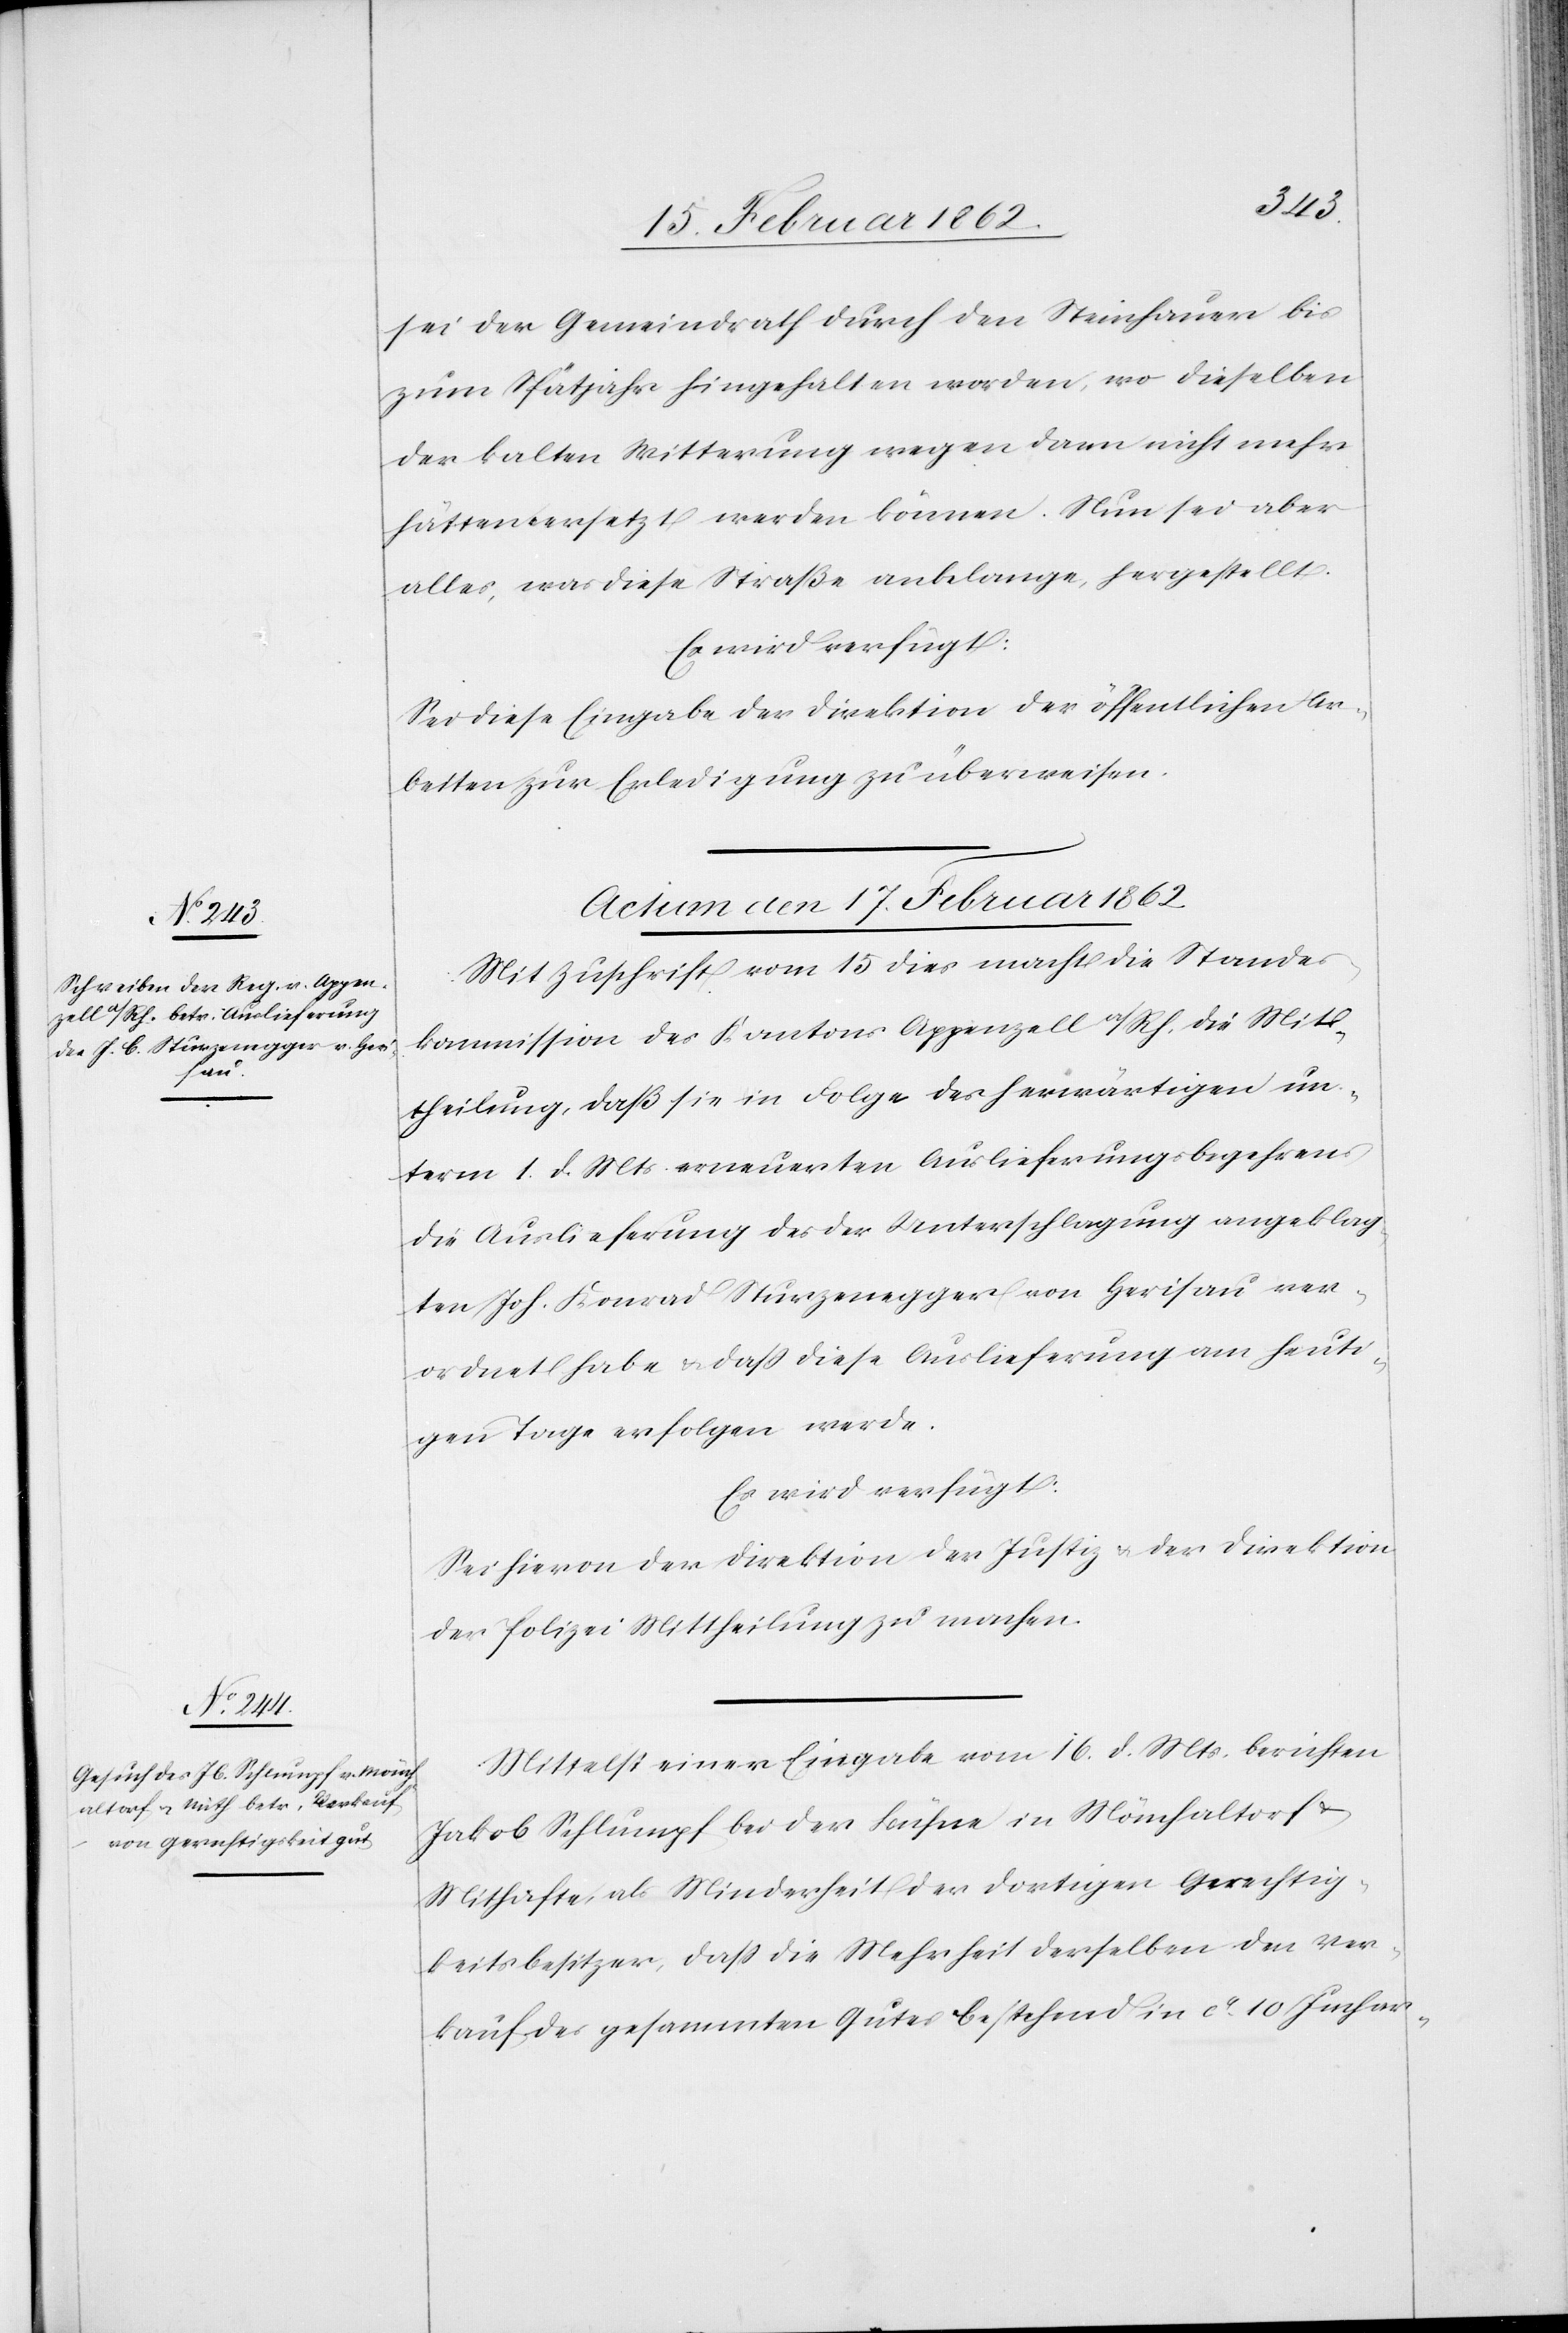
sei der Gemeindrath durch den Steinhauer bis
zum Spätjahr hingehalten worden, wo dieselben
der kalten Witterung wegen dann nicht mehr
hätten gesetzt werden können. Nun sei aber
alles, was diese Straße anbelange, hergestellt.
Es wird verfügt:
Sei diese Eingabe der Direktion der öffentlichen Ar¬
beiten zur Erledigung zu überweisen.
Actum den 17. Februar 1862]
Mit Zuschrift vom 15 dies macht die Standes¬
kommission des Kantons Appenzell a/Rh. die Mit¬
theilung, daß sie in Folge des herwärtigen un¬
term 1. d. Mts. erneuerten Auslieferungsbegehrens
die Auslieferung des der Unterschlagung angeklag¬
ten Joh. Konrad Sturzenegger von Herisau ver¬
ordnet habe & daß diese Auslieferung am heuti¬
gen Tage erfolgen werde.
Es wird verfügt:
Sei hievon der Direktion der Justiz & der Direktion
der Polizei Mittheilung zu machen.
Mittelst einer Eingabe vom 16. d. Mts. berichten
Jakob Schlumpf bei der Bühne in Mönchaltorf
Mithafte, als Minderheit der dortigen Gerechtig¬
keitsbesitzer, daß die Mehrheit derselben den Ver¬
kauf der gesammten Güter bestehend in ca. 10 Juchar-